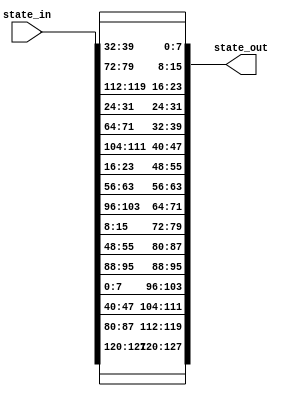
`timescale 1ns / 1ps
//////////////////////////////////////////////////////////////////////////////////
// Company: 
// Engineer: 
// 
// Design Name: 
// Module Name: ShiftRows
// Project Name: 
// Target Devices: 
// Tool Versions: 
// Description: 
// 
// Dependencies: 
// 
// Revision:
// Revision 0.01 - File Created
// Additional Comments:
// 
//////////////////////////////////////////////////////////////////////////////////


module ShiftRows(state_in, state_out);
    input [127:0] state_in;
    output [127:0] state_out;

     //row 0 not shifted
     assign state_out[120 +: 8] = state_in[120 +: 8];
     assign state_out[88 +: 8] = state_in[88 +: 8];
     assign state_out[56 +: 8] = state_in[56 +: 8];
     assign state_out[24 +: 8] = state_in[24 +: 8];
     //row 1 shift 1 left offset
     assign state_out[112 +: 8] = state_in[80 +: 8];
     assign state_out[80 +: 8] = state_in[48 +: 8];
     assign state_out[48 +: 8] = state_in[16 +: 8];
     assign state_out[16 +: 8] = state_in[112 +: 8];
     //row 2 shift 2 left offset
     assign state_out[104 +: 8] = state_in[40 +: 8];
     assign state_out[72 +: 8] = state_in[8 +: 8];
     assign state_out[40 +: 8] = state_in[104 +: 8];
     assign state_out[8 +: 8] = state_in[72 +: 8];
     //row 3 shift 3 left offset
     assign state_out[96 +: 8] = state_in[0 +: 8];
     assign state_out[64 +: 8] = state_in[96 +: 8];
     assign state_out[32 +: 8] = state_in[64 +: 8];
     assign state_out[0 +: 8] = state_in[32 +: 8];
endmodule